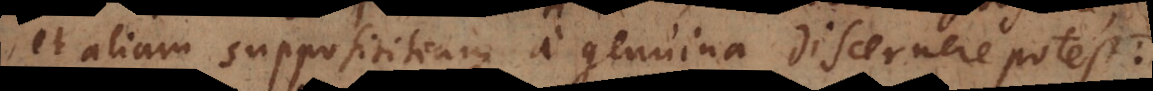
et aliam supposititiam a genuina discernere potest: